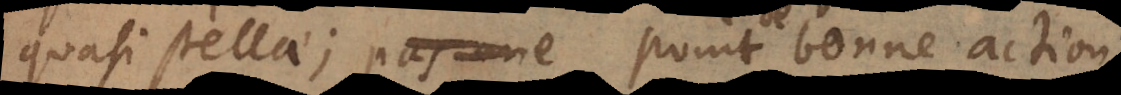
quasi stellae; point de bonne action